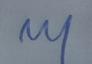
Signature authenticity: genuine